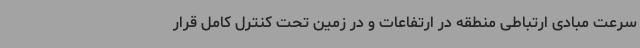
سرعت مبادی ارتباطی منطقه در ارتفاعات و در زمین تحت کنترل کامل قرار